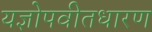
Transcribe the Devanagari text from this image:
यज्ञोपवीतधारण